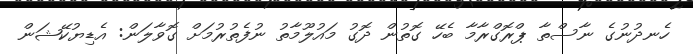
ހެނދުނުގެ ނާސްތާ ޕްރޮގްރާމާ ބެހޭ ގޮތުން ދޮގު މައުލޫމާތު ނުފެތުރުމަށް ގޮވާލަން: އެޑިޔުކޭޝަން